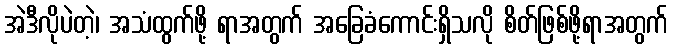
အဲဒီလိုပဲတဲ့၊ အသံထွက်ဖို့ ရာအတွက် အခြေခံကောင်းရှိသလို စိတ်ဖြစ်ဖို့ရာအတွက်